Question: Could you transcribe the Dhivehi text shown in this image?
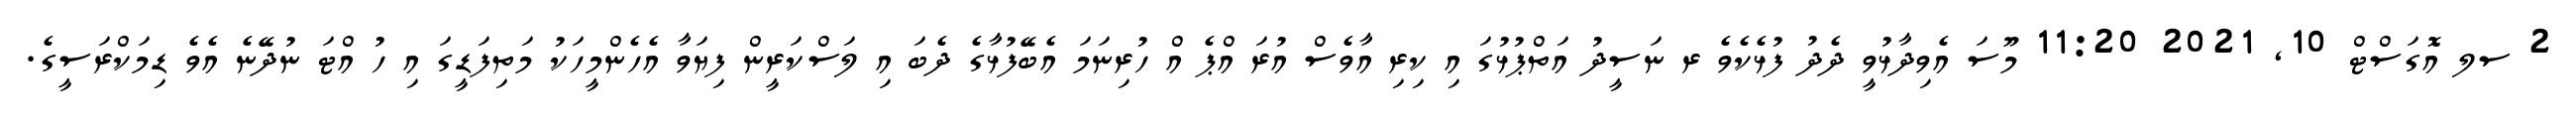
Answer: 2 ސލ އޮގަސްޓް 10, 2021 11:20 މޫސަ އެވިދާޅުވީ ދެދު ފުޅެކެވެ ރ ނަސީދު އަތްޕުޅުގަ އި ކިރި އާވެސް އުރަ އްޕެ އް ހުރިނަމަ އެބޭފުޅާގެ ދެބަ އި ލަސްކަރީން ފިޔަވާ އެހެންމީހަކު މަތިފަޑީގަ އި ހު އްޓަ ނުދޭނެ އެވެ ޑިމަކްރަސީގެ.